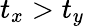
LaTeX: t_{x}>t_{y}